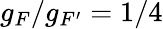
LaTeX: g_{F}/g_{F^{\prime}}=1/4